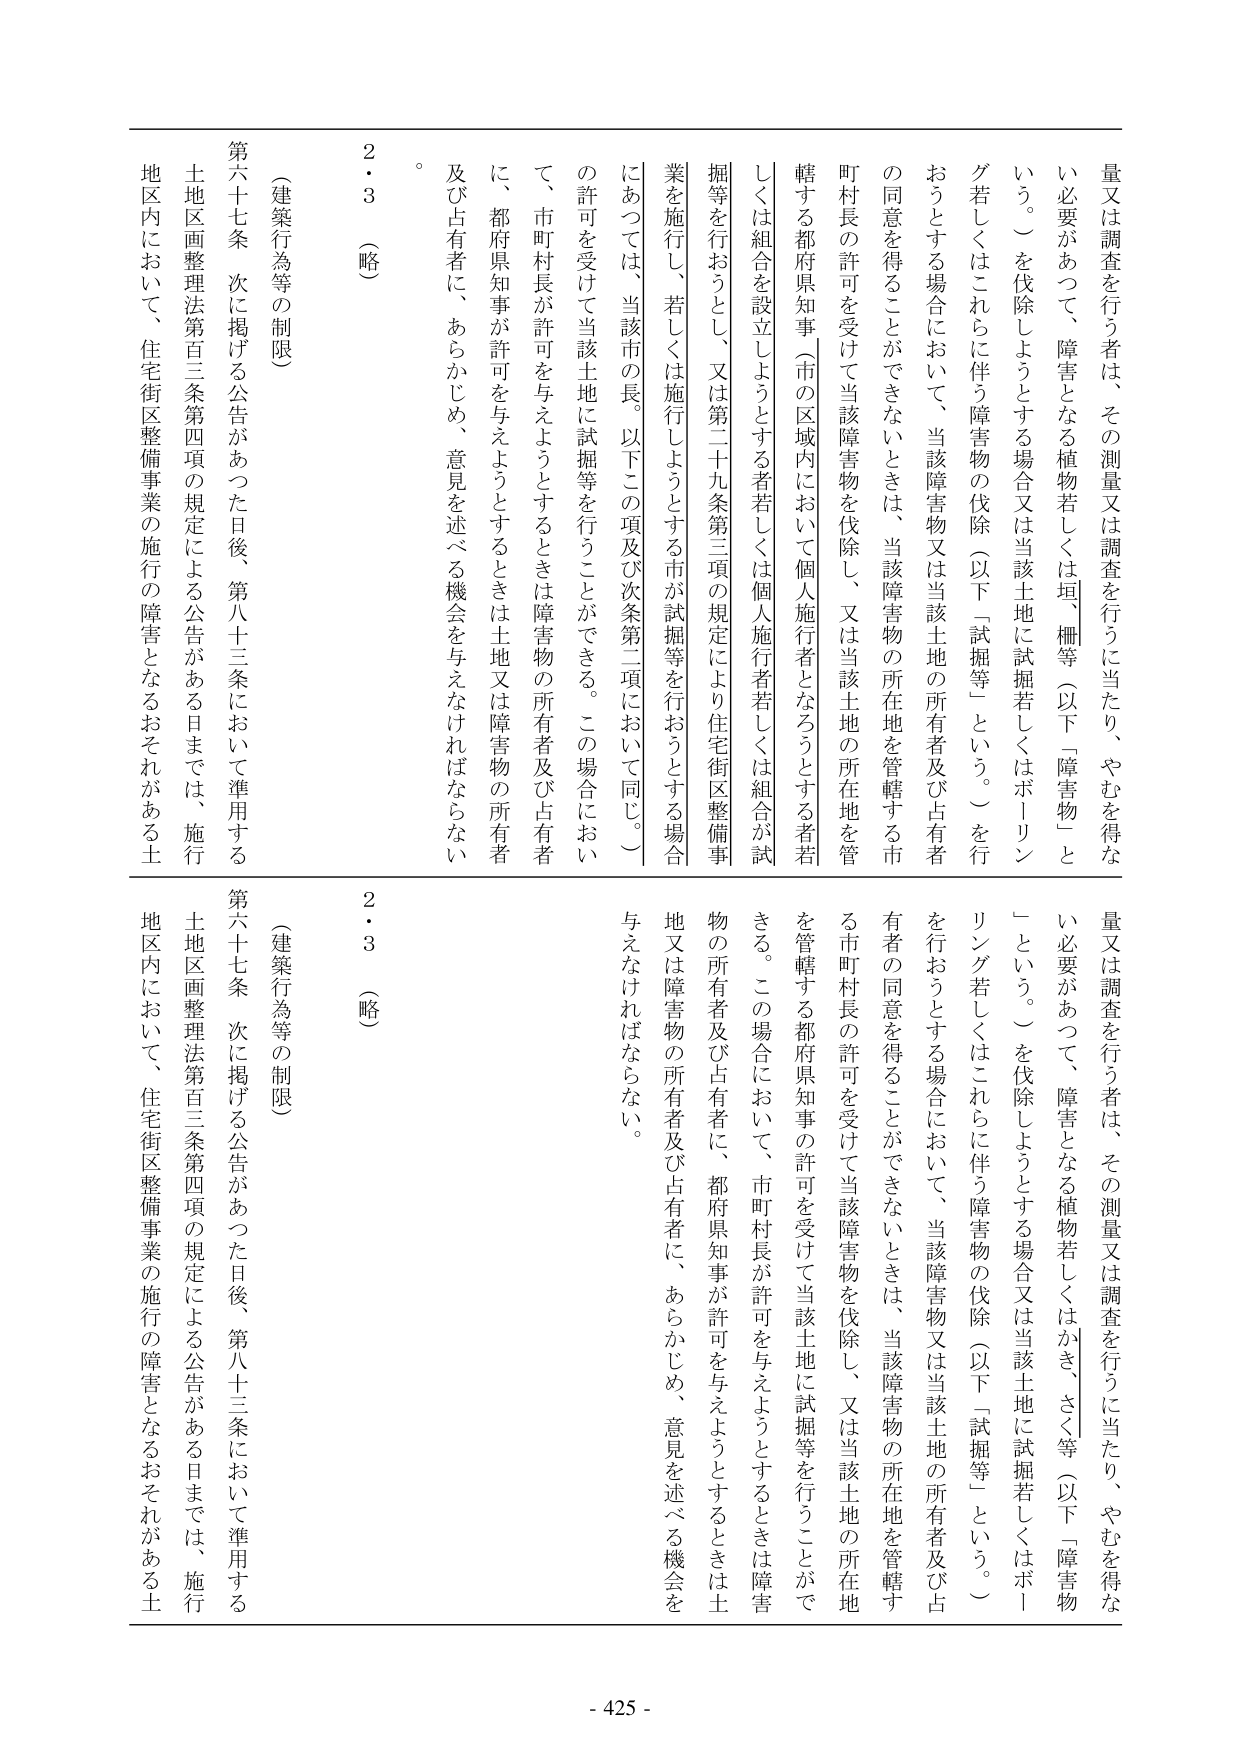
量又は調査を行う者は、その測量又は調査を行うに当たり、やむを得ない必要があって、障害となる植物若しくは垣、柵等（以下「障害物」という。）を伐除しようとする場合又は当該土地に試掘若しくはボーリング若しくはこれらに伴う障害物の伐除（以下「試掘等」という。）を行うおうとする場合において、当該障害物又は当該土地の所有者及び占有者の同意を得ることができないときは、当該障害物の所在地を管轄する市町村長の許可を受けて当該障害物を伐除し、又は当該土地の所在地を管轄する都府県知事（市の区域内において個人施行者となろうとする者若しくは組合を設立しようとする者若しくは個人施行者若しくは組合が試掘等を行おうとし、又は第二十九条第三項の規定により住宅街区整備事業を施行し、若しくは施行しようとする市が試掘等を行おうとする場合にあっては、当該市の長。以下この項及び次条第二項において同じ。）の許可を受けて当該土地に試掘等を行うことができる。この場合において、市町村長が許可を与えようとするときは障害物の所有者及び占有者に、都府県知事が許可を与えようとするときは土地又は障害物の所有者及び占有者に、あらかじめ、意見を述べる機会を与えなければならない。

（建築行為等の制限）

第六十七条 次に掲げる公告があった日後、第八十三条において準用する土地区画整理法第百三条第四項の規定による公告がある日までは、施行地区内において、住宅街区整備事業の施行の障害となるおそれがある土

2・3 （略）

量又は調査を行う者は、その測量又は調査を行うに当たり、やむを得ない必要があって、障害となる植物若しくはかき、さく等（以下「障害物」という。）を伐除しようとする場合又は当該土地に試掘若しくはボーリング若しくはこれらに伴う障害物の伐除（以下「試掘等」という。）を行うおうとする場合において、当該障害物又は当該土地の所有者及び占有者の同意を得ることができないときは、当該障害物の所在地を管轄する市町村長の許可を受けて当該障害物を伐除し、又は当該土地の所在地を管轄する都府県知事の許可を受けて当該土地に試掘等を行うことができる。この場合において、市町村長が許可を与えようとするときは障害物の所有者及び占有者に、都府県知事が許可を与えようとするときは土地又は障害物の所有者及び占有者に、あらかじめ、意見を述べる機会を与えなければならない。

（建築行為等の制限）

第六十七条 次に掲げる公告があった日後、第八十三条において準用する土地区画整理法第百三条第四項の規定による公告がある日までは、施行地区内において、住宅街区整備事業の施行の障害となるおそれがある土

2・3 （略）

- 425 -